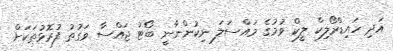
އަދި ހައިޑްރޯލިކް ލީކް ވުމުގެ މައްސަލަ ނިކުންނާނީ ބޯޓު ޖައްސާ ވަގުތު ފުރޮޅުތަކަށް